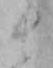
ま